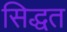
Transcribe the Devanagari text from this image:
सिद्धत